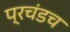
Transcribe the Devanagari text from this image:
प्रचंडच